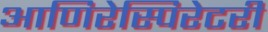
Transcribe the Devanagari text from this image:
आणिरेस्पिरेटरी